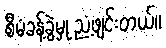
စီမံခန့်ခွဲမှု ညံ့ဖျင်းတယ်။